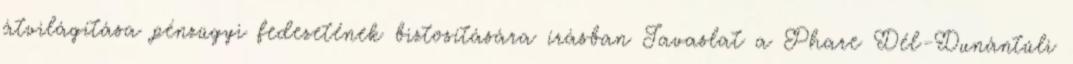
átvilágítása pénzügyi fedezetének biztosítására írásban Javaslat a Phare Dél-Dunántúli